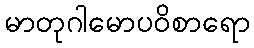
မာတုဂါမောပဝိစာရော